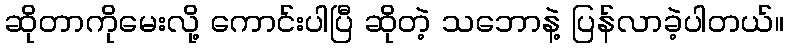
ဆိုတာကိုမေးလို့ ကောင်းပါပြီ ဆိုတဲ့ သဘောနဲ့ ပြန်လာခဲ့ပါတယ်။